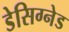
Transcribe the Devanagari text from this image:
डेसिग्नेड